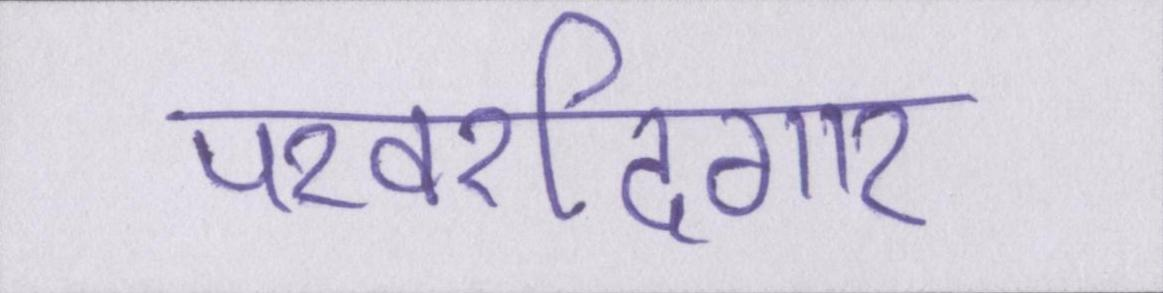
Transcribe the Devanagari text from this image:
परवरदिगार